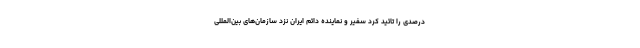
درصدی را تائید کرد سفیر و نماینده دائم ایران نزد سازمان‌های بین‌المللی